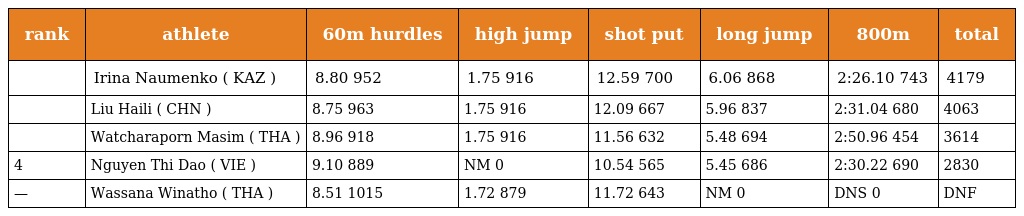
| rank | athlete | 60m hurdles | high jump | shot put | long jump | 800m | total |
 | --- | --- | --- | --- | --- | --- | --- | --- |
 |  | Irina Naumenko ( KAZ ) | 8.80 952 | 1.75 916 | 12.59 700 | 6.06 868 | 2:26.10 743 | 4179 |
 |  | Liu Haili ( CHN ) | 8.75 963 | 1.75 916 | 12.09 667 | 5.96 837 | 2:31.04 680 | 4063 |
 |  | Watcharaporn Masim ( THA ) | 8.96 918 | 1.75 916 | 11.56 632 | 5.48 694 | 2:50.96 454 | 3614 |
 | 4 | Nguyen Thi Dao ( VIE ) | 9.10 889 | NM 0 | 10.54 565 | 5.45 686 | 2:30.22 690 | 2830 |
 | — | Wassana Winatho ( THA ) | 8.51 1015 | 1.72 879 | 11.72 643 | NM 0 | DNS 0 | DNF |